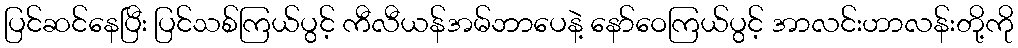
ပြင်ဆင်နေပြီး ပြင်သစ်ကြယ်ပွင့် ကီလီယန်အမ်ဘာပေနဲ့ နော်ဝေကြယ်ပွင့် အာလင်းဟာလန်းတို့ကို